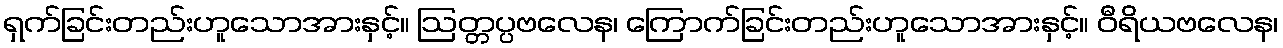
ရှက်ခြင်းတည်းဟူသောအားနှင့်။ ဩတ္တပ္ပဗလေန၊ ကြောက်ခြင်းတည်းဟူသောအားနှင့်။ ဝီရိယဗလေန၊